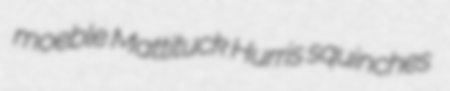
moeble Mattituck Hurris squinches